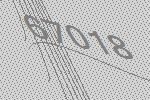
67018